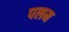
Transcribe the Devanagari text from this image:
पलम